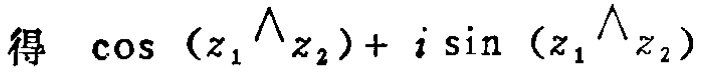
得 $\cos (z_{1}\wedge z_{2})+ i\sin (z_{1}\wedge z_{2})$